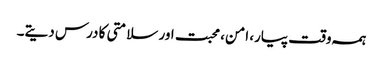
ہمہ وقت پیار، امن، محبت اور سلامتی کا درس دیتے۔